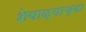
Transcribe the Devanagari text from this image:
शेवाळ्याच्या